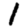
Digit: 1